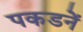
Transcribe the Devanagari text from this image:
पकडनें